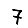
Digit: 7